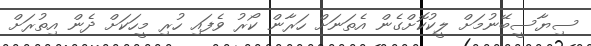
ސިޔާސީބޭނުމަށް ލީކުކޮށްގެން އެތަނަށް ހަރާން ކޯރު ވެފައި ހުރި މީހަކަށް ދެން އިތުރަށް